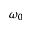
\omega _ { 0 }